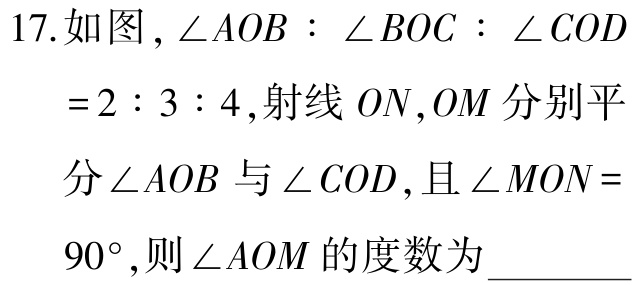
17.如图，\(\angle AOB:\angle BOC:\angle COD = 2:3:4\)，射线 \(ON,OM\) 分别平分\(\angle AOB\)与\(\angle COD\)，且\(\angle MON = 90^{\circ}\)，则\(\angle AOM\)的度数为  。